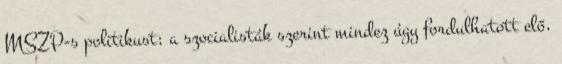
MSZP-s politikust; a szocialisták szerint mindez úgy fordulhatott elő,